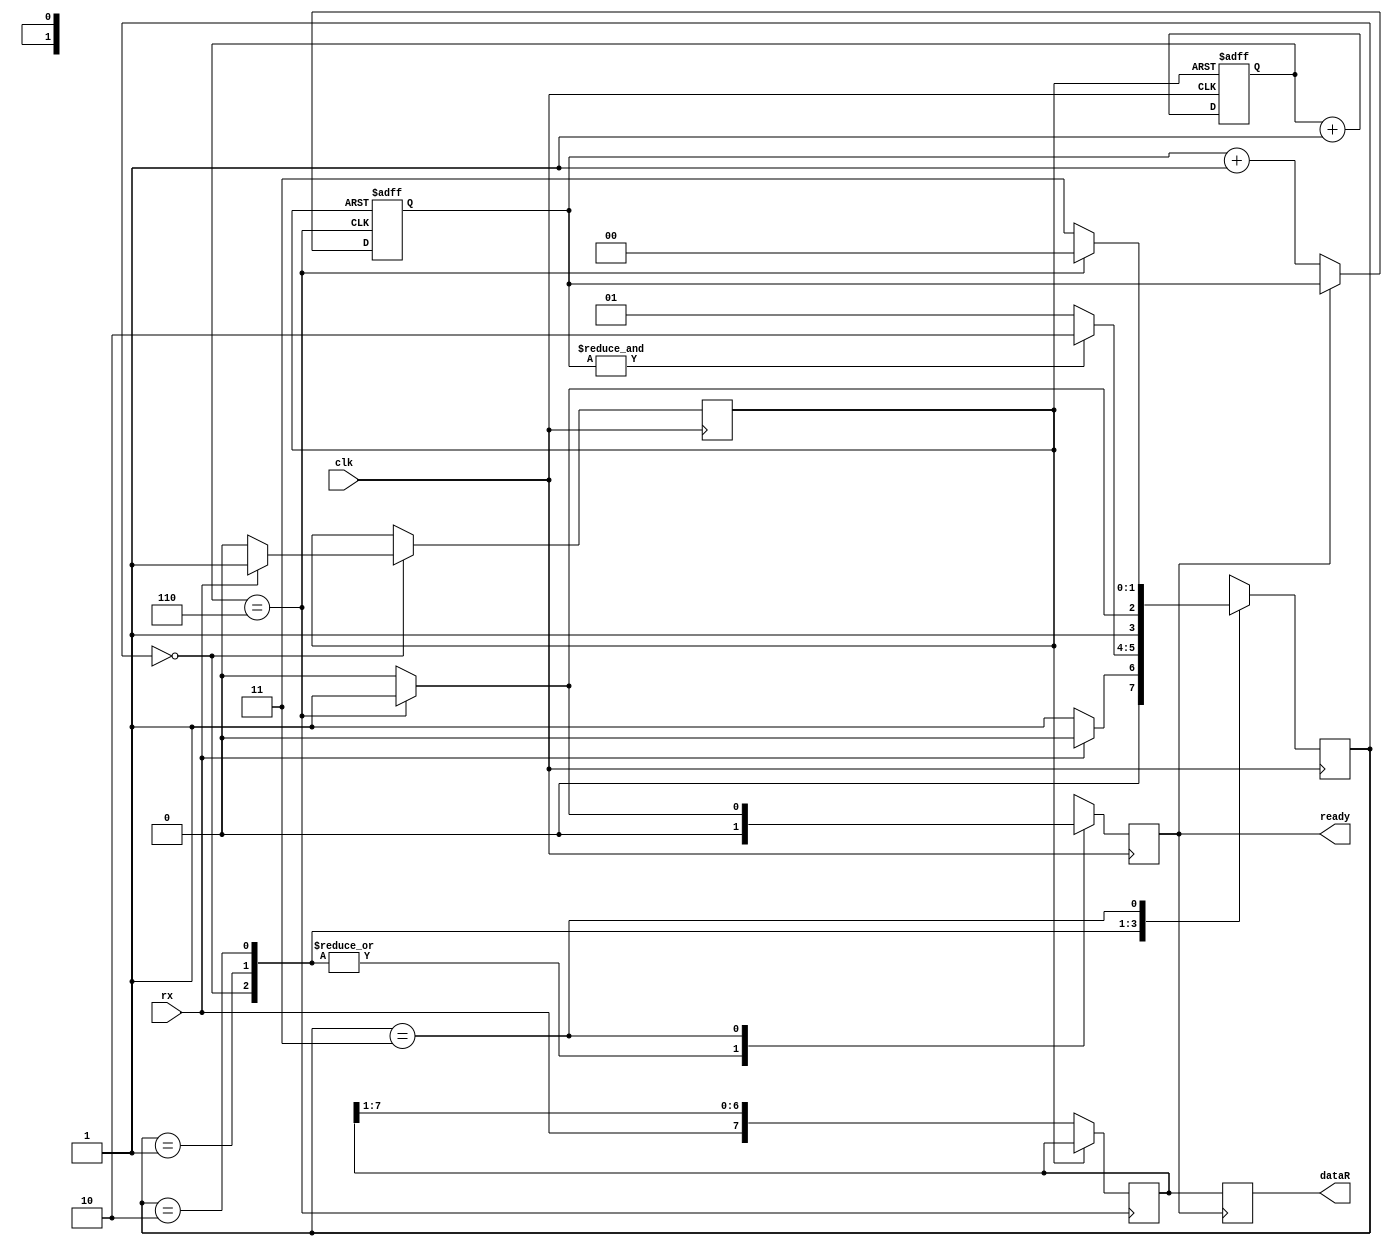
module uart_rx (
	input clk, 						//8*desired_baudRate
	input rx, 							
	output reg [7:0] dataR, 	//received data
	output reg ready				//Indicates that received data is ready	
); 	
	reg [1:0] state = 2'h0; 
	reg reset = 1'b0; 			//Reset counter which divides clk by 8 (desired_baudRate)
	wire paired; 					//Indicates when to save Rx into dataR
	wire done; 						//Indicates when 8 dataBits have been received
	always @(posedge clk)		
		case(state)
			2'h0: 					//Wait Start state
				if(~rx) begin 		//Start?	
					state <= 2'h1; //Go to Receive Data state
					reset <= 1'b0; //stop resetting counter which divides clk
					ready <= 1'b0; //Indicate that dataR is not ready to be taken
				end else begin  	//Otherwise, stay at Wait Start state
					state <= 2'h0; 
					reset <= 1'b1;
					ready <= 1'b0; 
				end 
				2'h1: 					//Receive Data state
					if(done) begin  	//8 data bits  have ben received?
						state <= 2'h2;	//Remain at Receive Data state
						ready <= 1'b0; 
					end else begin 
						state <= 2'h1; //Go to Receive StopBit 1 state
						ready <= 1'b0; 
					end 
				2'h2: 					//Receive StopBit 1 state 
					if(paired) begin 	
					state <= 2'h3;		//Go to Receive StopBit 2 state
					ready <= 1'b0; 
				end else begin 
					state <= 2'h2;		//Go to Receive StopBit 1 state
					ready <= 1'b0; 
				end 
			2'h3: 						//Receive StopBit 2 state 
				if(paired) begin 		
					state <= 2'h0;		//Go to Wait Start state	
					ready <= 1'b1; 	//Finally, data is ready
				end else begin 
					state <= 2'h3;		//Go to Receive StopBit 2 state
					ready <= 1'b0; 	
				end 
		endcase
			//Counter which divides clk
	reg [2:0] sync = 3'b0;
	always @(posedge clk or posedge reset) begin 
		if(reset) 
			sync <= 3'b0; 
		else 
			sync <= sync+1; 
	end 
	assign paired = (sync==3'b110); 	//Change state 7 clock cycle after fail ...
												//... edge @ start and then each 8 cycles.

	reg [2:0] counter = 3'h0;  //Counts how many data bits have been received. 
	reg [7:0] data = 8'h0; 		//shift register for data receiving. 
	always @(posedge paired or posedge reset) begin //When it's indicated to save rx
		if(reset)
			counter <= 3'h0; 
		else begin 
			if(~ready)	//Not 8 data bits have been received yet?
				counter <= counter+1; 
				data <= {rx, data[7:1]}; //Shift
		end 
	end 
	assign done = &counter; //indicates wether counter == 7 (8 data bits have been received)
	always @(posedge ready) //update dataR when received data is ready. 
		dataR <= data; 
endmodule